Report of the Indian Hemp Drugs Commission, 1894-1895 - Volume IV
Year: 1894
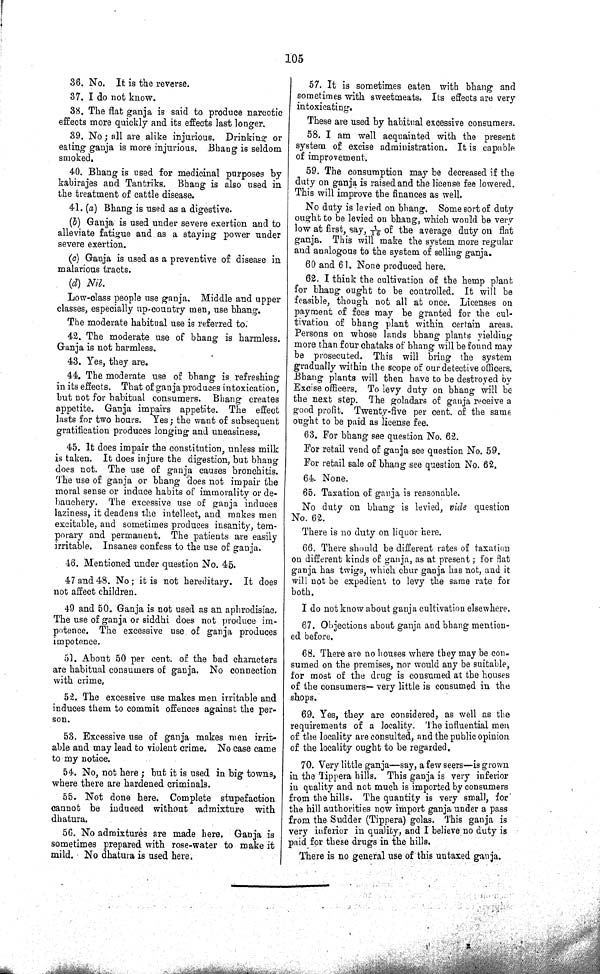
105
36. No. It is the reverse.
37. I do not know.
38. The flat ganja is said to produce narcotic
effects more quickly and its effects last longer.
39. No; all are alike injurious. Drinking or
eating ganja is more injurious. Bhang is seldom
smoked.
40. Bhang is used for medicinal purposes by
kabirajes and Tantriks. Bhang is also used in
the treatment of cattle disease.
41. (a) Bhang is used as a digestive.
(b) Ganja is used under severe exertion and to
alleviate fatigue and as a staying power under
severe exertion.
(c) Ganja is used as a preventive of disease in
malarious tracts.
(d) Nil.
Low-class people use ganja. Middle and upper
classes, especially up-country men, use bhang.
The moderate habitual use is referred to.
42. The moderate use of bhang is harmless.
Ganja is not harmless.
43. Yes, they are.
44. The moderate use of bhang is refreshing
in its effects. That of ganja produces intoxication,
but not for habitual consumers. Bhang creates
appetite. Ganja impairs appetite. The effect
lasts for two hours. Yes; the want of subsequent
gratification produces longing and uneasiness.
45. It does impair the constitution, unless milk
is taken. It does injure the digestion, but bhang
does not. The use of ganja causes bronchitis.
The use of ganja or bhang does not impair the
moral sense or induce habits of immorality or de¬
bauchery. The excessive use of ganja induces
laziness, it deadens the intellect, and makes men
excitable, and sometimes produces insanity, tem¬
porary and permanent. The patients are easily
irritable. Insanes confess to the use of ganja.
46. Mentioned under question No. 45.
47 and 48. No; it is not hereditary. It does
not affect children.
49 and 50. Ganja is not used as an aphrodisiac.
The use of ganja or siddhi does not produce im¬
potence. The excessive use of ganja produces
impotence.
51. About 50 per cent. of the bad characters
are habitual consumers of ganja. No connection
with crime.
52. The excessive use makes men irritable and
induces them to commit offences against the per¬
son.
53. Excessive use of ganja makes men irrit¬
able and may lead to violent crime. No case came
to my notice.
54. No, not here; but it is used in big towns,
where there are hardened criminals.
55. Not done here. Complete stupefaction
cannot be induced without admixture with
dhatura,
56. No admixtures are made here. Ganja is
sometimes prepared with rose-water to make it
mild. No dhatura is used here.
57. It is sometimes eaten with bhang and
sometimes with sweetmeats. Its effects are very
intoxicating.
These are used by habitual excessive consumers.
58. I am well acquainted with the present
system of excise administration. It is capable
of improvement.
59. The consumption may be decreased if the
duty on ganja is raised and the license fee lowered.
This will improve the finances as well.
No duty is levied on bhang. Some sort of duty
ought to be levied on bhang, which would be very
low at first, say, 1/16 of the average duty on flat
ganja. This will make the system more regular
and analogous to the system of selling ganja.
60 and 61. None produced here.
62. I think the cultivation of the hemp plant
for bhang ought to be controlled. It will be
feasible, though not all at once. Licenses on
payment of fees may be granted for the cul¬
tivation of bhang plant within certain areas.
Persons on whose lands bhang plants yielding
more than four chataks of bhang will be found may
be prosecuted. This will bring the system
gradually within the scope of our detective officers.
Bhang plants will then have to be destroyed by
Excise officers. To levy duty on bhang will be
the next step. The goladars of ganja receive a
good profit. Twenty-five per cent. of the same
ought to be paid as license fee.
63. For bhang see question No. 62.
For retail vend of ganja see question No. 59.
For retail sale of bhang see question No. 62.
64. None.
65. Taxation of ganja is reasonable.
No duty on bhang is levied, vide question
No. 62.
There is no duty on liquor here.
66. There should be different rates of taxation
on different kinds of ganja, as at present; for flat
ganja has twigs, which chur ganja has not, and it
will not be expedient to levy the same rate for
both.
I do not know about ganja cultivation elsewhere.
67. Objections about ganja and bhang mention¬
ed before.
68. There are no houses where they may be con¬
sumed on the premises, nor would any be suitable,
for most of the drug is consumed at the houses
of the consumers— very little is consumed in the
shops.
69. Yes, they are considered, as well as the
requirements of a locality. The influential men
of the locality are consulted, and the public opinion
of the locality ought to be regarded.
70. Very little ganja—say, a few seers—is grown
in the Tippera hills. This ganja is very inferior
in quality and not much is imported by consumers
from the hills. The quantity is very small, for
the hill authorities now import ganja under a pass
from the Sudder (Tippera) golas. This ganja is
very inferior in quality, and I believe no duty is
paid for these drugs in the hills.
There is no general use of this untaxed ganja.